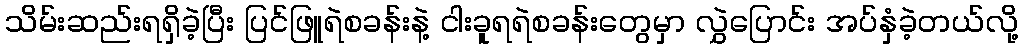
သိမ်းဆည်းရရှိခဲ့ပြီး ပြင်ဖြူရဲစခန်းနဲ့ ငါးခူရရဲစခန်းတွေမှာ လွှဲပြောင်း အပ်နှံခဲ့တယ်လို့